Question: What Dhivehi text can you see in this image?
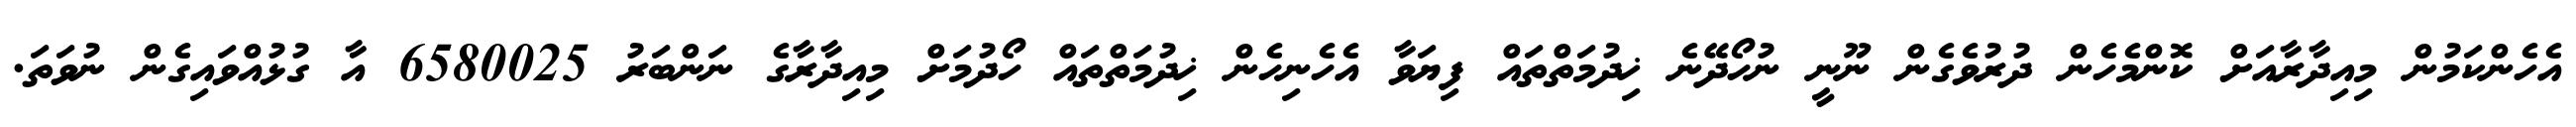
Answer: އެހެންކަމުން މިއިދާރާއަށް ކޮންމެހެން ދުރުވެގެން ނޫނީ ނުހޯދޭނެ ޚިދުމަތްތައް ފިޔަވާ އެހެނިހެން ޚިދުމަތްތައް ހޯދުމަށް މިއިދާރާގެ ނަންބަރު 6580025 އާ ގުޅުއްވައިގެން ނުވަތަ.